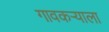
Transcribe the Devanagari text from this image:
गावकर्‍याला